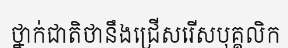
ថ្នាក់ជាតិថានឹងជ្រើសរើសបុគ្គលិក